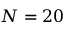
N = 2 0